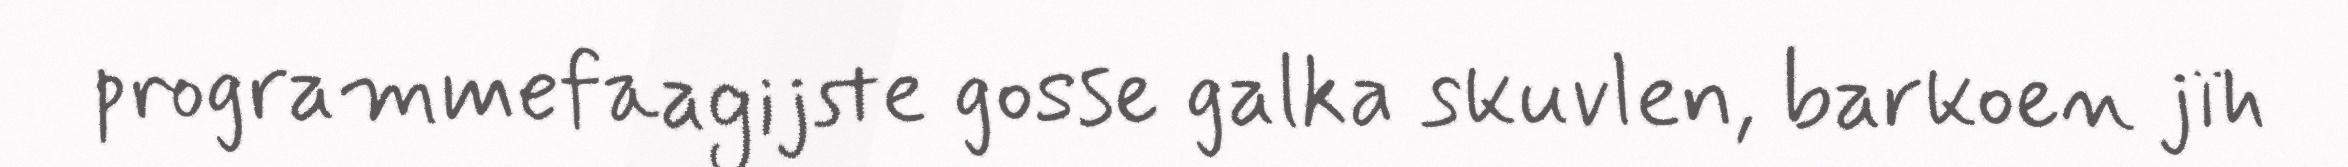
programmefaagijste gosse galka skuvlen, barkoen jïh